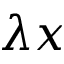
\lambda x